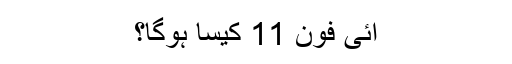
آئی فون 11 کیسا ہوگا؟